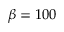
\beta = 1 0 0